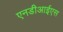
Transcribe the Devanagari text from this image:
एनडीआईएस